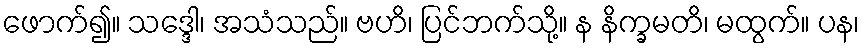
ဖောက်၍။ သဒ္ဒေါ၊ အသံသည်။ ဗဟိ၊ ပြင်ဘက်သို့။ န နိက္ခမတိ၊ မထွက်။ ပန၊